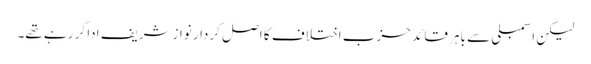
لیکن اسمبلی سے باہر قائد حزب اختلاف کا اصل کردار نوازشریف ادا کر رہے تھے۔